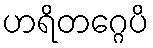
ဟရိတဂ္ဂေပိ